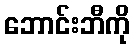
ဘောင်းဘီကို